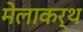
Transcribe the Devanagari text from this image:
मेलाकर्थ